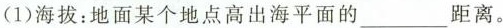
(1)海拔：地面某个地点高出海平面的___距离。